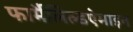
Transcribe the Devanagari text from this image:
फार्मैलिल्डऐमाइन